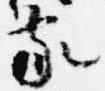
家